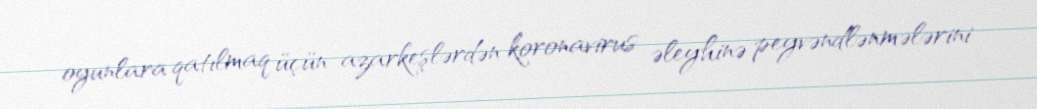
oyunlara qatılmaq üçün azarkeşlərdən koronavirus əleyhinə peyvəndlənmələrini